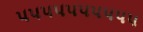
૫૫૫૫૫૫૫૫૫૫